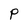
Character: P